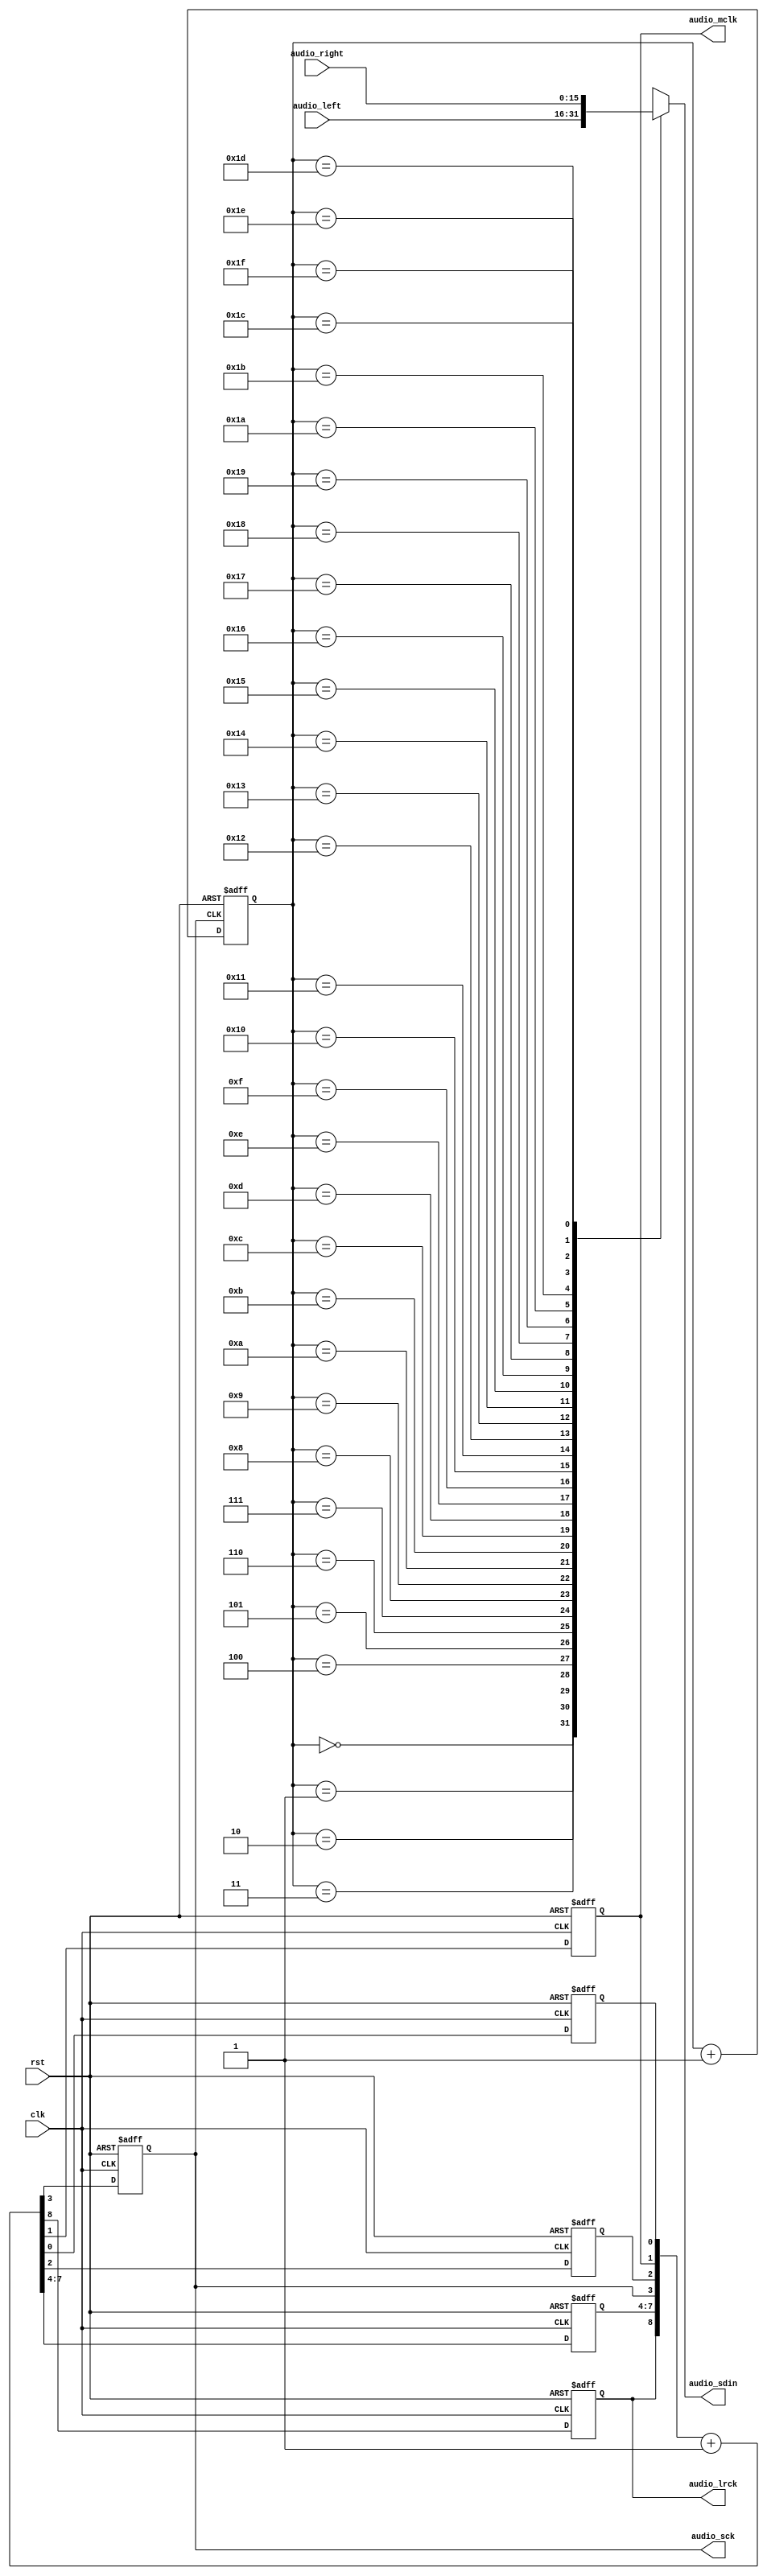
module speaker_control(
    input clk,
    input rst,
    input [15:0]audio_right,
    input [15:0]audio_left,
    
    output reg audio_sdin,
    output reg audio_sck,
    output reg audio_lrck,
    output reg audio_mclk
);


    reg [8:0] cnt_temp;
    reg cnt_r;        // buffer
    reg cnt_m;              // buffer
    reg [3:0] cnt_l;        // buffer
    
    always @* begin
        cnt_temp  = {audio_lrck, cnt_l, audio_sck, cnt_m, audio_mclk, cnt_r} + 9'd1;
        end
    
    always @(posedge clk or posedge rst) begin
        if (rst==1) {audio_lrck, cnt_l, audio_sck, cnt_m, audio_mclk, cnt_r} <= 9'd0;
        else {audio_lrck, cnt_l, audio_sck, cnt_m, audio_mclk, cnt_r} <= cnt_temp;
        end
        
// design a 32 counter to send the data to the audio_sdin
reg [4:0] cnt_32;
reg [4:0] cnt_next_32;

// use D FF to send the value to the audio_sdin
// in the frequency of audio_sck
always@(posedge audio_sck or posedge rst)
if(rst==1)
    cnt_32 <= 5'd0;
else
    cnt_32 <= cnt_next_32;

    always@*
        cnt_next_32 = cnt_32 + 1;
        
    always@*
    begin
    case(cnt_32)
       5'd0: audio_sdin = audio_left[15];
       5'd1: audio_sdin = audio_left[14];
       5'd2: audio_sdin = audio_left[13];
       5'd3: audio_sdin = audio_left[12];
       5'd4: audio_sdin = audio_left[11];
       5'd5: audio_sdin = audio_left[10];
       5'd6: audio_sdin = audio_left[9];
       5'd7: audio_sdin = audio_left[8];
       5'd8: audio_sdin = audio_left[7];
       5'd9: audio_sdin = audio_left[6];
       5'd10: audio_sdin = audio_left[5];
       5'd11: audio_sdin = audio_left[4];
       5'd12: audio_sdin = audio_left[3];
       5'd13: audio_sdin = audio_left[2];                             
       5'd14: audio_sdin = audio_left[1];
       5'd15: audio_sdin = audio_left[0];
       5'd16: audio_sdin = audio_right[15];
       5'd17: audio_sdin = audio_right[14];
       5'd18: audio_sdin = audio_right[13];
       5'd19: audio_sdin = audio_right[12];
       5'd20: audio_sdin = audio_right[11];
       5'd21: audio_sdin = audio_right[10];
       5'd22: audio_sdin = audio_right[9];
       5'd23: audio_sdin = audio_right[8];
       5'd24: audio_sdin = audio_right[7];
       5'd25: audio_sdin = audio_right[6];
       5'd26: audio_sdin = audio_right[5];
       5'd27: audio_sdin = audio_right[4];
       5'd28: audio_sdin = audio_right[3];
       5'd29: audio_sdin = audio_right[2];
       5'd30: audio_sdin = audio_right[1];
       5'd31: audio_sdin = audio_right[0];
       default: audio_sdin = audio_right[0];
    endcase
    end
    
endmodule